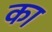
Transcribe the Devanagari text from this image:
का